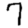
Digit: 7